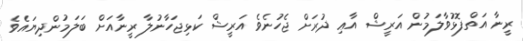
ރީނާ އަތްފޮޅުވާލަމުން އަރީޝް އާޢި ދުރަށް ޖެހުނެވެ އަރީޝް ކަޅިޖަހާނުލާ ރީނާއަށް ބަލަމުންދިޔައެވެ